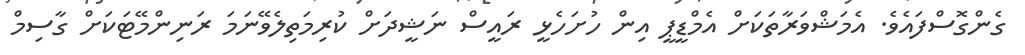
ގެންގޮސްފައެވެ. އެމަޝްވަރާތަކަށް އެމްޑީޕީ އިން ހުށަހެޅީ ރައީސް ނަޝީދަށް ކުރިމަތިލެވޭނަމަ ރަނިންމޭޓަކަށް ގާސިމް